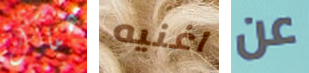
هناك اغنيه عن